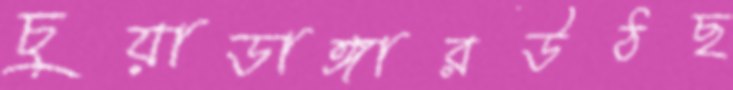
চুয়াডাঙ্গারউঠছ